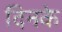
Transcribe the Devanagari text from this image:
दिनके